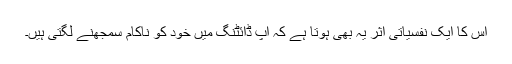
اس کا ایک نفسیاتی اثر یہ بھی ہوتا ہے کہ آپ ڈائٹنگ میں خود کو ناکام سمجھنے لگتی ہیں۔